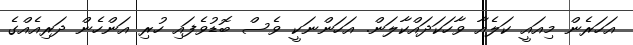
އަހަރެން މިއައީ ކަލެއާ ވާހަކަދައްކާލަން. އަހަންނަކީ ވެސް ބޮޑުވެފައި ހުރި އަންހެން ދަރިއެއްގެ